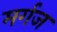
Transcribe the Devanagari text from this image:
मर्गज